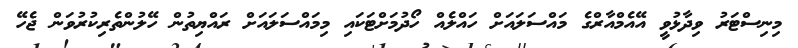
މިނިސްޓަރު ވިދާޅުވީ އޭއެމްއާރްގެ މައްސަލައަށް ހައްލެއް ހޯދުމަށްޓަކައި މިމައްސަލައަށް ރައްޔިތުން ހޭލުންތެރިކުރުވަން ޖެހޭ